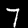
Label: 7